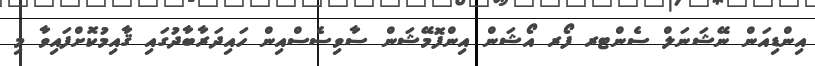
އިންޑިއަން ނޭޝަނަލް ސެންޓރ ފޯރ އޯޝަން އިންފޮމޭޝަން ސާވިސެސްއިން ހައިދަރާބާދުގައި ޤާއިމުކޮށްފައިވާ މި